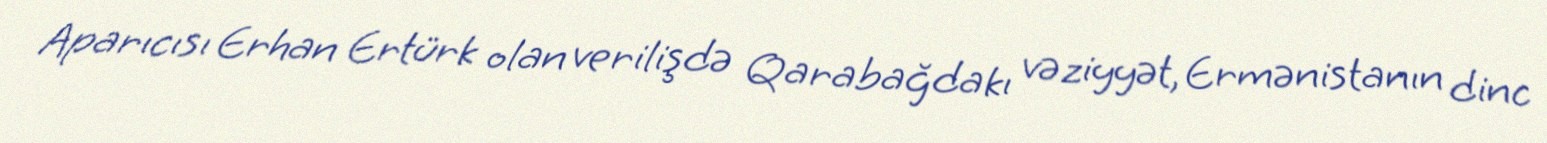
Aparıcısı Erhan Ertürk olan verilişdə Qarabağdakı vəziyyət, Ermənistanın dinc